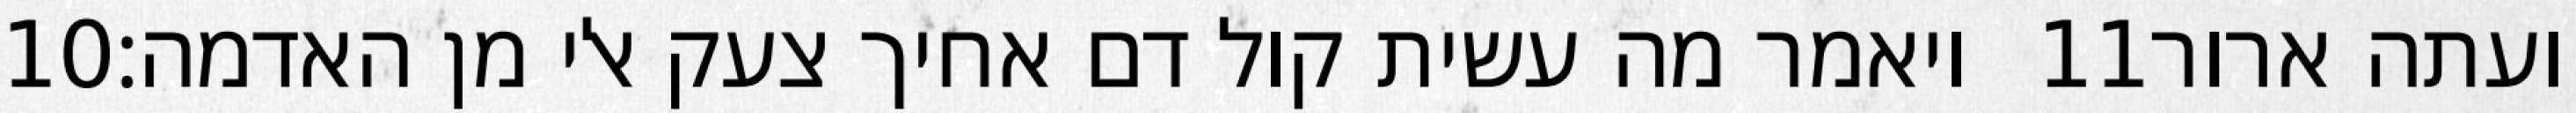
‎10‏ ויאמר מה עשית קול דם אחיך צעק אלי מן האדמה׃ ‎11‏ ועתה ארור